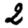
Digit: 2